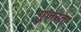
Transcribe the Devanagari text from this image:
ग़ुज़रता